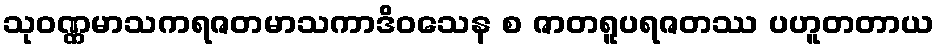
သုဝဏ္ဏမာသကရဇတမာသကာဒိဝသေန စ ဇာတရူပရဇတဿ ပဟူတတာယ